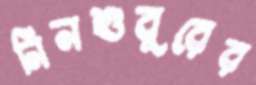
নিনশুবুরের